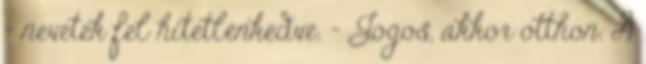
- nevetek fel hitetlenkedve. - Jogos, akkor otthon. A